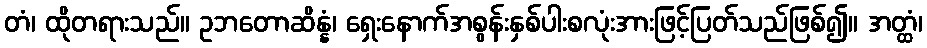
တံ၊ ထိုတရားသည်။ ဥဘတောဆိန္နံ၊ ရှေးနောက်အစွန်းနှစ်ပါးစလုံးအားဖြင့်ပြတ်သည်ဖြစ်၍။ အတ္ထံ၊